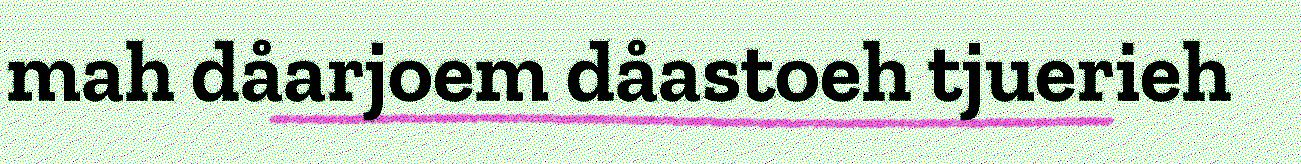
mah dåarjoem dåastoeh tjuerieh